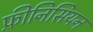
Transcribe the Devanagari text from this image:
फ़ीनिसियन